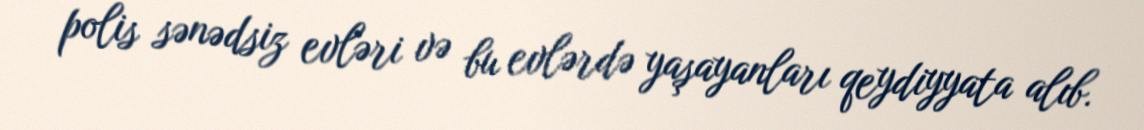
polis sənədsiz evləri və bu evlərdə yaşayanları qeydiyyata alıb.